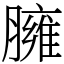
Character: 臃